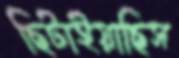
ছিটাইয়াছিস